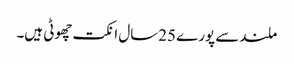
ملندسے پورے 25سال انکت چھوٹی ہیں۔